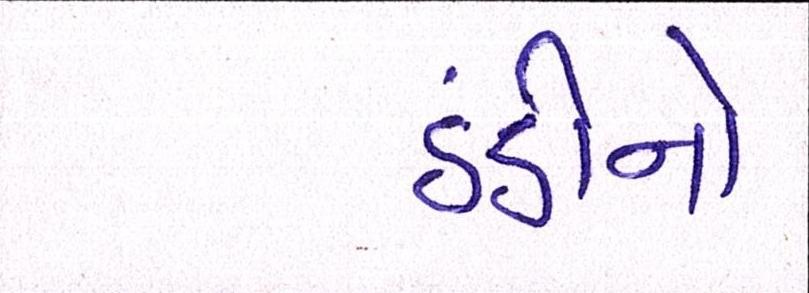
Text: ઠંડીનો